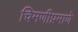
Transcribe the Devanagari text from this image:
चिमणीप्रमाणे